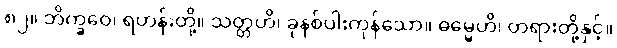
၈၂။ ဘိက္ခဝေ၊ ရဟန်းတို့။ သတ္တဟိ၊ ခုနစ်ပါးကုန်သော။ ဓမ္မေဟိ၊ တရားတို့နှင့်။